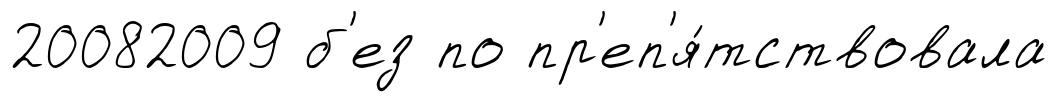
20082009 б'ез по пр'еп'я́тствовала